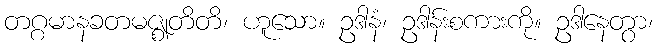
တဂ္ဂမာနခတမဇ္ဈတိတိ၊ ဟူသော။ ဥဒါနံ၊ ဥဒါန်းစကားကို။ ဥဒါနေတွာ၊